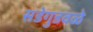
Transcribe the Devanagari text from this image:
सडेगुडवळे